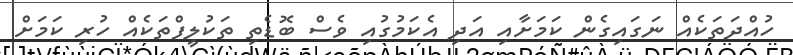
ހުއްދަތަކެއް ނަގައިގެން ކަމަށާއި އަދި އެކަމުގުއި ވެސް ބޮޑެތި ތަކުލީފްތަކެއް ހުރި ކަަމަށް